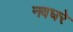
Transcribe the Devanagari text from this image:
नवघरे